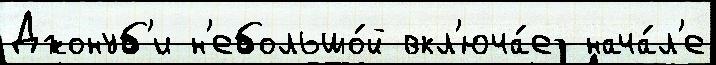
Джонуб'и н'ебольшо́й вкл'юча́ет нача́л'е